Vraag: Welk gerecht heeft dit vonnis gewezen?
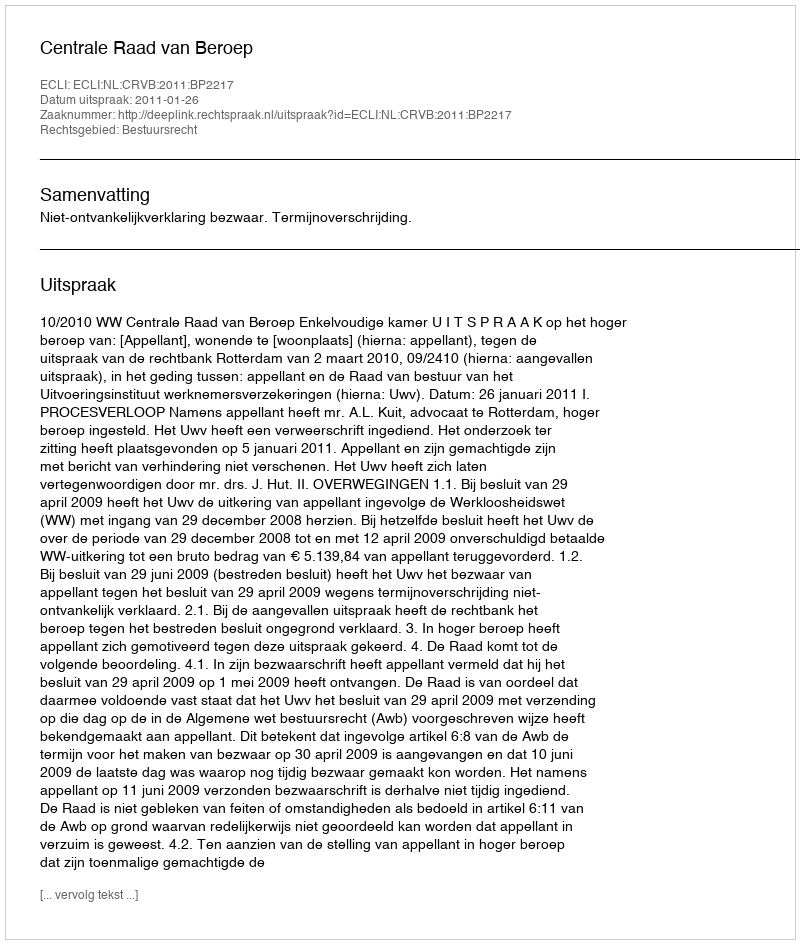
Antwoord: Centrale Raad van Beroep